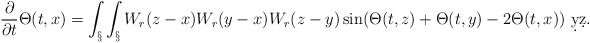
\begin{align*}\frac{\partial}{\partial t} \Theta(t,x) = \int_\S \int_\S W_r(z-x)W_r(y-x)W_r(z-y) \sin(\Theta(t,z)+\Theta(t,y)-2\Theta(t,x))\ \d y \d z.\end{align*}